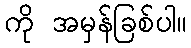
ကို အမှန်ခြစ်ပါ။